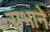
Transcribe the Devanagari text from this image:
रम्भाने